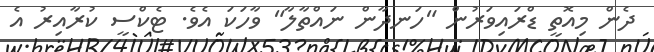
ދެން މިއޮތީ ޑްރައިވަރުން "ހަނދާން ނައްތާލާ" ވާހަކަ އެވެ. ޓެކްސީ ކުރާއިރު އެ